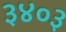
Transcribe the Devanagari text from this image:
३४०३